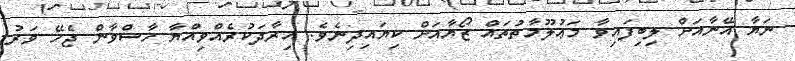
ނަޔާ އޭނާއަށް ލިބިފައިވާ މަޢުލޫމާތުތައް ޒޯޔާއަށް ކިޔައިދިނެވެ. އިރާދަކުރެއްވިއްޔާ ހާސްވާން ޖެހޭ ވަރު